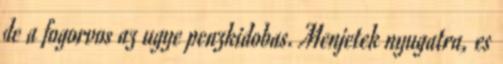
de a fogorvos az ugye penzkidobas. Menjetek nyugatra, es